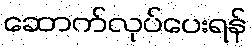
ဆောက်လုပ်ပေးရန်